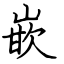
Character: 嵌